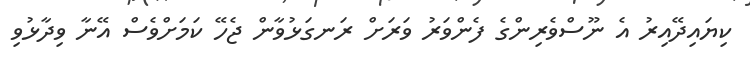
ކިޔައިދޭއިރު އެ ނޫސްވެރިންގެ ފެންވަރު ވަރަށް ރަނގަޅުވާން ޖެހޭ ކަމަށްވެސް އޭނާ ވިދާޅުވި